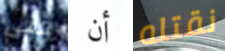
فتى أن نقتله